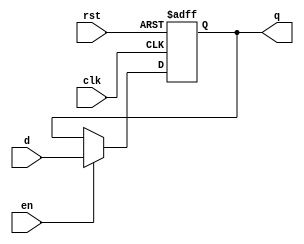
module Reg_3bit(clk, rst, d, en, q);
input clk;
input rst;
input [2:0] d;
input en;
output reg [2:0] q;
	
	always @(posedge clk or posedge rst) begin
		if (rst) q <= 3'b0;
		else if (en) q <= d;
	end

endmodule